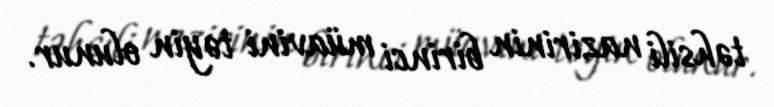
təhsili nazirinin birinci müavini təyin olunur.